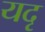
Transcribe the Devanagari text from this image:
यदृ